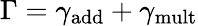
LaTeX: \Gamma=\gamma_{\mathrm{add}}+\gamma_{\mathrm{mult}}